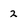
Character: 2